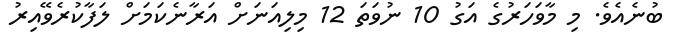
ބުނެއެވެ. މި މާވަހަރުގެ އަގު 10 ނުވަތަ 12 މިލިއަނަށް އަރާނެކަމަށް ލަފާކުރެވޭއިރު